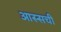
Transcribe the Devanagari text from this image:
आस्सची